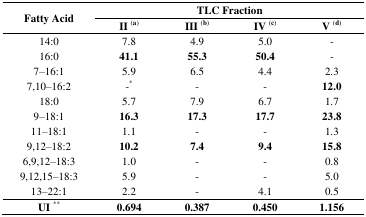
<table><thead><tr><td rowspan="2"><b>Fatty Acid</b></td><td colspan="4"><b>TLC Fraction</b></td></tr><tr><td><b>II <sup>(a)</sup></b></td><td><b>III <sup>(b)</sup></b></td><td><b>IV <sup>(c)</sup></b></td><td><b>V <sup>(d)</sup></b></td></tr></thead><tbody><tr><td>14:0</td><td>7.8</td><td>4.9</td><td>5.0</td><td>-</td></tr><tr><td>16:0</td><td><b>41.1</b></td><td><b>55.3</b></td><td><b>50.4</b></td><td>-</td></tr><tr><td>7–16:1</td><td>5.9</td><td>6.5</td><td>4.4</td><td>2.3</td></tr><tr><td>7,10–16:2</td><td>-<sup>*</sup></td><td>-</td><td>-</td><td><b>12.0</b></td></tr><tr><td>18:0</td><td>5.7</td><td>7.9</td><td>6.7</td><td>1.7</td></tr><tr><td>9–18:1</td><td><b>16.3</b></td><td><b>17.3</b></td><td><b>17.7</b></td><td><b>23.8</b></td></tr><tr><td>11–18:1</td><td>1.1</td><td>-</td><td>-</td><td>1.3</td></tr><tr><td>9,12–18:2</td><td><b>10.2</b></td><td><b>7.4</b></td><td><b>9.4</b></td><td><b>15.8</b></td></tr><tr><td>6,9,12–18:3</td><td>1.0</td><td>-</td><td>-</td><td>0.8</td></tr><tr><td>9,12,15–18:3</td><td>5.9</td><td>-</td><td>-</td><td>5.0</td></tr><tr><td>13–22:1</td><td>2.2</td><td>-</td><td>4.1</td><td>0.5</td></tr><tr><td><b>UI <sup>**</sup></b></td><td><b>0.694</b></td><td><b>0.387</b></td><td><b>0.450</b></td><td><b>1.156</b></td></tr></tbody></table>